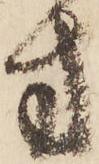
方